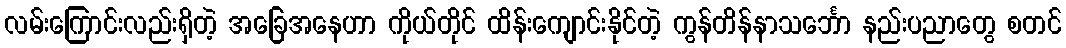
လမ်းကြောင်းလည်းရှိတဲ့ အခြေအနေဟာ ကိုယ်တိုင် ထိန်းကျောင်းနိုင်တဲ့ ကွန်တိန်နာသင်္ဘော နည်းပညာတွေ စတင်